Problem: 3 × 7 = ?
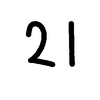
Handwritten answer: 21